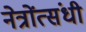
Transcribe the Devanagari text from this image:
नेत्रोंत्संधी